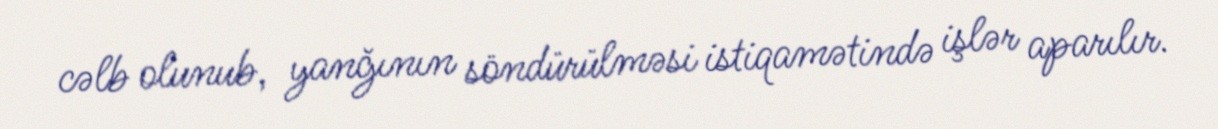
cəlb olunub, yanğının söndürülməsi istiqamətində işlər aparılır.